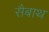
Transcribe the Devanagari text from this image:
सैबाथ